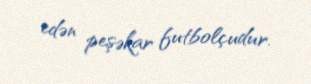
edən peşəkar futbolçudur.